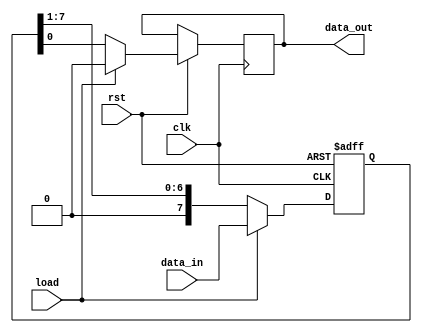
module piso (input load, clk, rst,
             input [7:0] data_in,
             output reg data_out);
  reg [7:0] data_reg;
  always @ (posedge clk or negedge rst) 
    begin
      if (~rst)
        data_reg <= 8'h00;
      else begin
      if (load)
          {data_reg, data_out} <= {data_in, 1'b0};
      else
          {data_reg, data_out} <= {1'b0, data_reg[7:0]};
      end
    end
endmodule